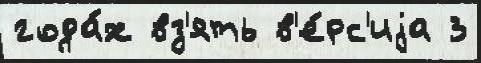
года́х вз'ять в'е́рс'иjа 3